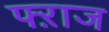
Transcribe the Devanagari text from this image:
फ्ऱाज